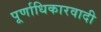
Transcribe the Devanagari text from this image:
पूर्णाधिकारवादी